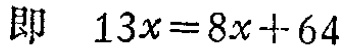
即 \(13x = 8x + 64\)